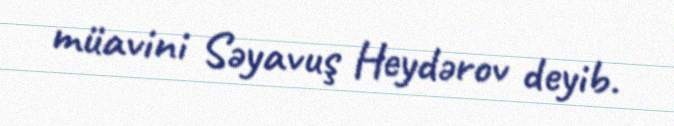
müavini Səyavuş Heydərov deyib.